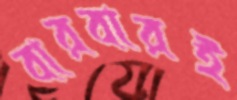
বারবারই